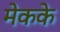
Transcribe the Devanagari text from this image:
मेकके